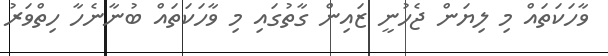
ވާހަކަތައް މި ލިޔަން ޖެހުނީ ޒައިން ގާތުގައި މި ވާހަކަތައް ބުނާނެހާ ހިތްވަރު